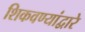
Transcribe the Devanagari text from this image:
शिकवण्यांद्वारे